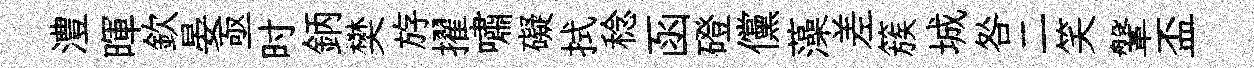
澧暉欽晏亟时鈵樊斿擢嘯礙拭稔函磴儻藻差簇城咎二笑鞶盃